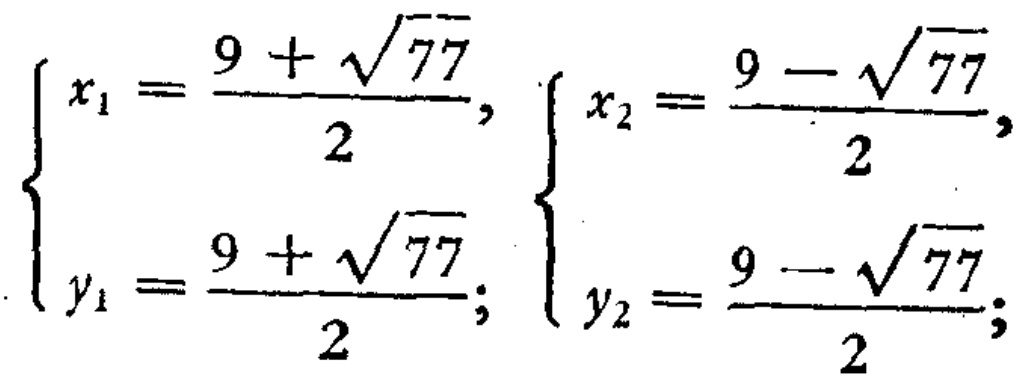
\(\begin{cases}
x_1 = \dfrac{9 + \sqrt{77}}{2}, \\
y_1 = \dfrac{9 + \sqrt{77}}{2};
\end{cases}\)
\(\begin{cases}
x_2 = \dfrac{9 - \sqrt{77}}{2}, \\
y_2 = \dfrac{9 - \sqrt{77}}{2};
\end{cases}\)